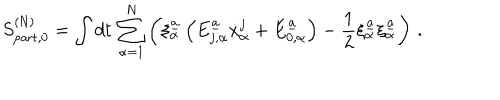
S _ { \mathrm { p a r t } , 0 } ^ { ( \mathrm { N } ) } = \int d t \, \sum _ { \alpha = 1 } ^ { N } \left( \xi _ { \alpha } ^ { \underline { { { a } } } } \left( E _ { j , \alpha } ^ { \underline { { { a } } } } \dot { x } _ { \alpha } ^ { j } + E _ { 0 , \alpha } ^ { \underline { { { a } } } } \right) - { \frac { 1 } { 2 } } \xi _ { \alpha } ^ { \underline { { { a } } } } \xi _ { \alpha } ^ { \underline { { { a } } } } \right) \, .